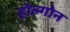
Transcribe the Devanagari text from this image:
होल्गोन